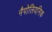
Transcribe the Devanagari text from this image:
नैपोलियनिक